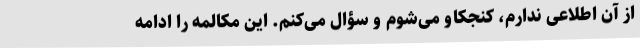
از آن اطلاعی ندارم، کنجکاو می‌شوم و سؤال می‌کنم. این مکالمه را ادامه